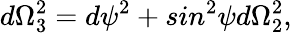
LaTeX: d\Omega_{3}^{2}=d\psi^{2}+sin^{2}\psi d\Omega_{2}^{2},